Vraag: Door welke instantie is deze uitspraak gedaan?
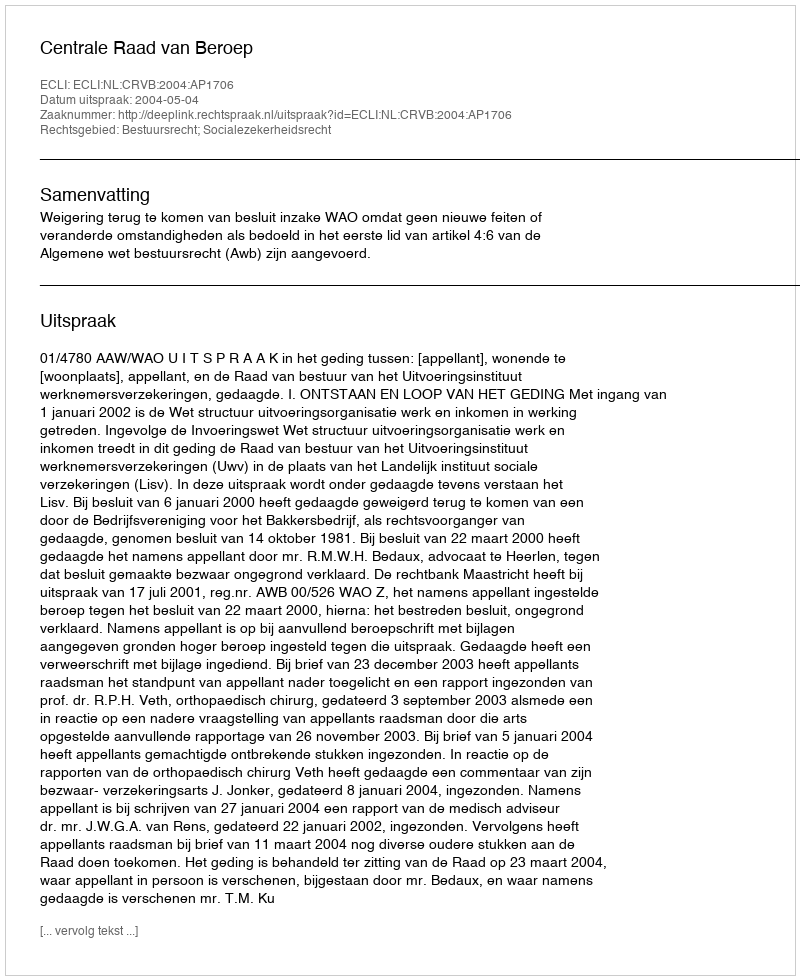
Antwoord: Centrale Raad van Beroep